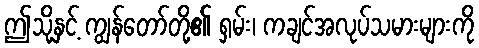
ဤသို့နှင့် ကျွန်တော်တို့၏ ရှမ်း၊ ကချင်အလုပ်သမားများကို